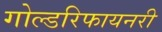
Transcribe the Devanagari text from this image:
गोल्डरिफायनरी